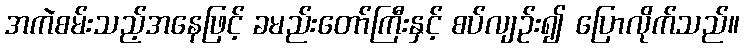
အကဲစမ်းသည့်အနေဖြင့် ခမည်းတော်ကြီးနှင့် စပ်လျဉ်း၍ ပြောလိုက်သည်။